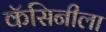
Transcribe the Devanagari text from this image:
कॅसिनीला